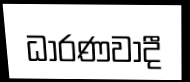
ධාරණවාදී